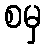
စမှ